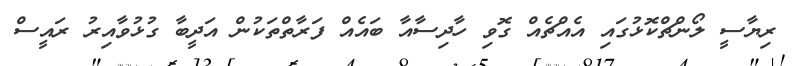
ރިޔާސީ ލޯންޗްކޮޅުގައި އެއްޗެއް ގޮވި ހާދިސާއާ ބައެއް ފަރާތްތަކުން އަދީބާ ގުޅުވާއިރު ރައީސް